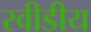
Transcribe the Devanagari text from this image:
स्वीडीय